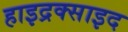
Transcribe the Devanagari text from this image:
हाइद्रक्साइद